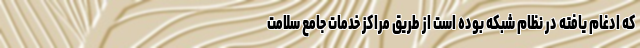
که ادغام یافته در نظام شبکه بوده است از طریق مراکز خدمات جامع سلامت